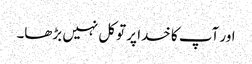
اور آپ کا خدا پر توکل نہیں بڑھا۔